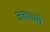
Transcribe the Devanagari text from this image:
अवाच्यो